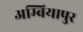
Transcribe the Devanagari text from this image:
अम्बियापुर